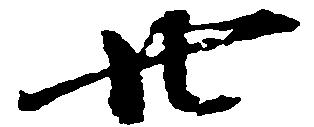
廿